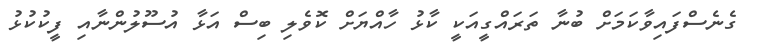
ގެނެސްފައިވާކަމަށް ބުނާ ތަރައްގީއަކީ ކާޅު ހާއްޔަށް ކޮވެލި ބިސް އަޅާ އުސޫލުންނާއި ފީކުކުޅު